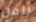
للفن